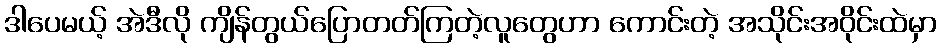
ဒါပေမယ့် အဲဒီလို ကျိန်တွယ်ပြောတတ်ကြတဲ့လူတွေဟာ ကောင်းတဲ့ အသိုင်းအဝိုင်းထဲမှာ